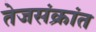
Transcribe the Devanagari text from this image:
तेजसंक्रांत